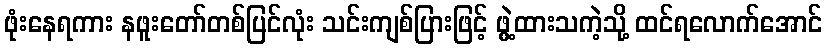
ဖုံးနေရကား နဖူးတော်တစ်ပြင်လုံး သင်းကျစ်ပြားဖြင့် ဖွဲ့ထားသကဲ့သို့ ထင်ရလောက်အောင်